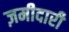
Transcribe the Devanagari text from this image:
ज़मीदारी